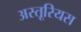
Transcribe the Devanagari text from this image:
अस्तूरियस